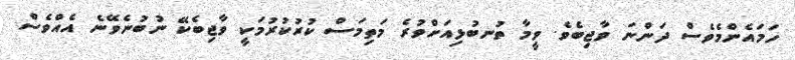
ހަމައެންމެވެސް ދަންނަ ވާޖިބެވެ. ވީމާ ތުނބުޅިއަށްވުރެ މަތިމަސް ކުރުކުރުމަކީ ވާޖިބެކޭ ނުބުނެވޭނެ އެއްވެސް